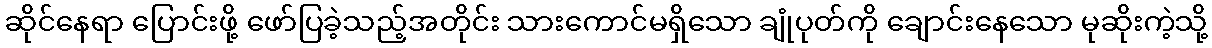
ဆိုင်နေရာ ပြောင်းဖို့ ဖော်ပြခဲ့သည့်အတိုင်း သားကောင်မရှိသော ချုံပုတ်ကို ချောင်းနေသော မုဆိုးကဲ့သို့